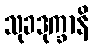
သုခဒုက္ခာနိ